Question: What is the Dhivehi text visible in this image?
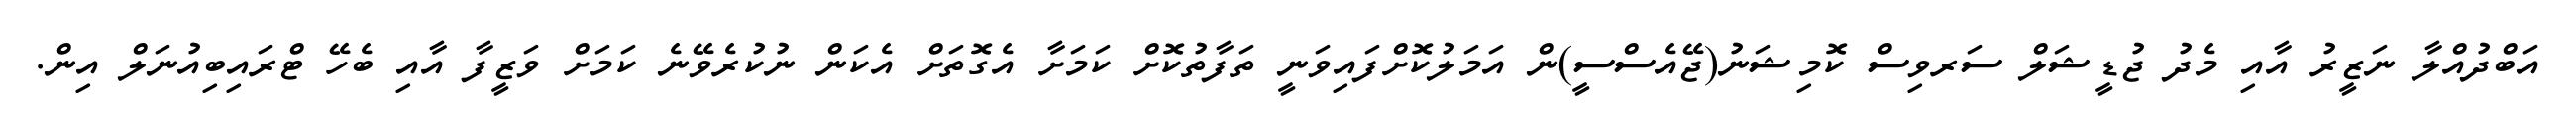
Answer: އަބްދުއްލާ ނަޒީރު އާއި މެދު ޖުޑީޝަލް ސަރވިސް ކޮމިޝަނު(ޖޭއެސްސީ)ން އަމަލުކޮށްފައިވަނީ ތަފާތުކޮށް ކަމަށާ އެގޮތަށް އެކަން ނުކުރެވޭނެ ކަމަށް ވަޒީފާ އާއި ބެހޭ ޓްރައިބިއުނަލް އިން.